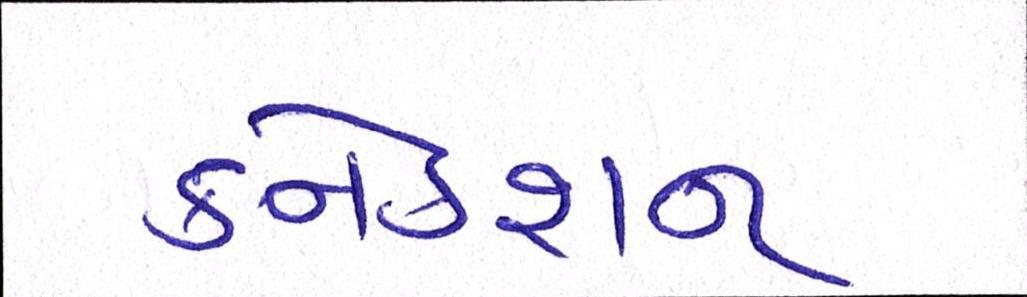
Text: કનેકશન